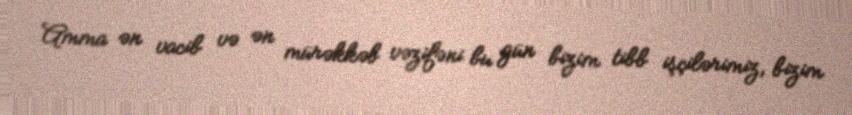
Amma ən vacib və ən mürəkkəb vəzifəni bu gün bizim tibb işçilərimiz, bizim